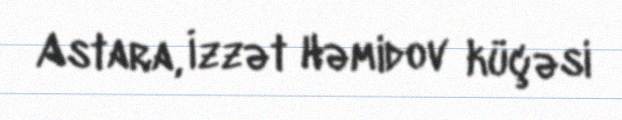
Astara, İzzət Həmidov küçəsi